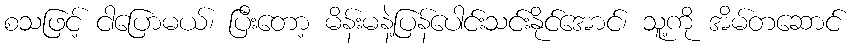
စသဖြင့် ငါပြောမယ်၊ ပြီးတော့ မိန်းမနဲ့ပြန်ပေါင်းသင်းနိုင်အောင်၊ သူ့ကို အိမ်တဆောင်